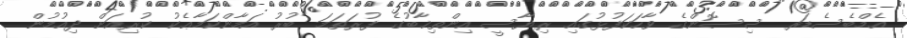
އެމްބެސެޑަރ ސިސޮންގެ ވާހަކަފުޅުގައި ރިޔާސީ އިންތިޚާބުގެ ފުރަތަމަ ބުރު އަމާންކަމާޢެކު ކުރިއަށް ދިއުމުން